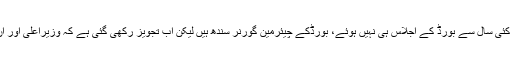
وزیر کھیل محمد بخش مہر نے بریفنگ میں بتایا گیا کہ کئی سال سے بورڈ کے اجلاس ہی نہیں ہوئے، بورڈکے چیئرمین گورنر سندھ ہیں لیکن اب تجویز رکھی گئی ہے کہ وزیراعلیٰ اور ان کی غیرموجودگی میں وزیرکھیل بورڈکا چیئرمین ہوگا۔